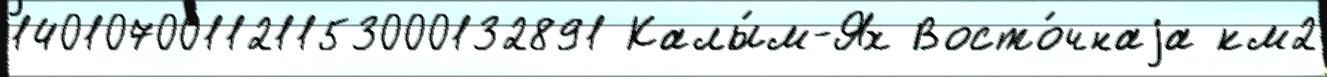
140107001121153000132891 Калы́м-Ях Восто́чнаjа км2